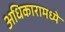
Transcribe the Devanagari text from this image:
अधिकारामध्ये